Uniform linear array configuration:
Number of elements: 48
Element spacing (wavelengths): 1
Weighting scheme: exponential
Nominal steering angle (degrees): -15
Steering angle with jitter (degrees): -16.436
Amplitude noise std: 0.05
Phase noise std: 0.05

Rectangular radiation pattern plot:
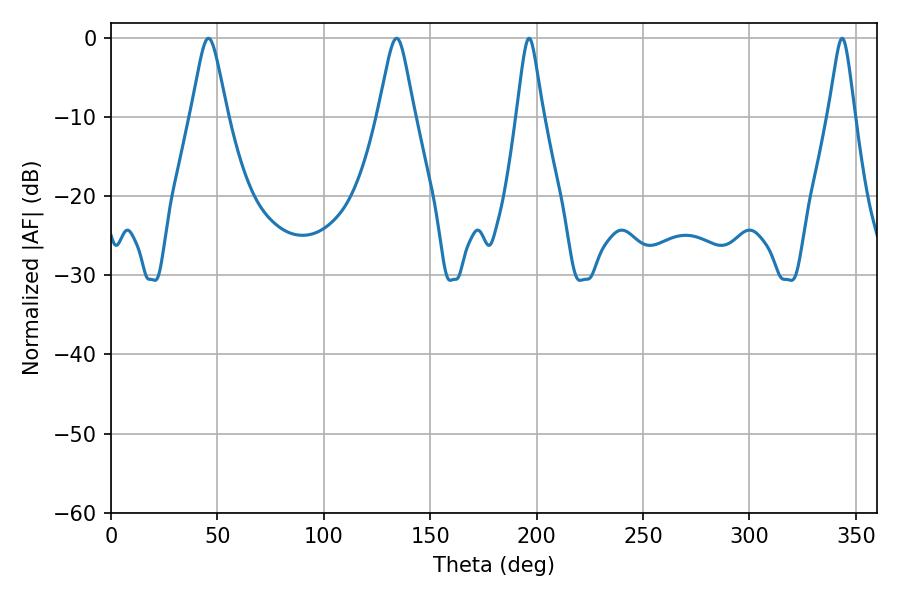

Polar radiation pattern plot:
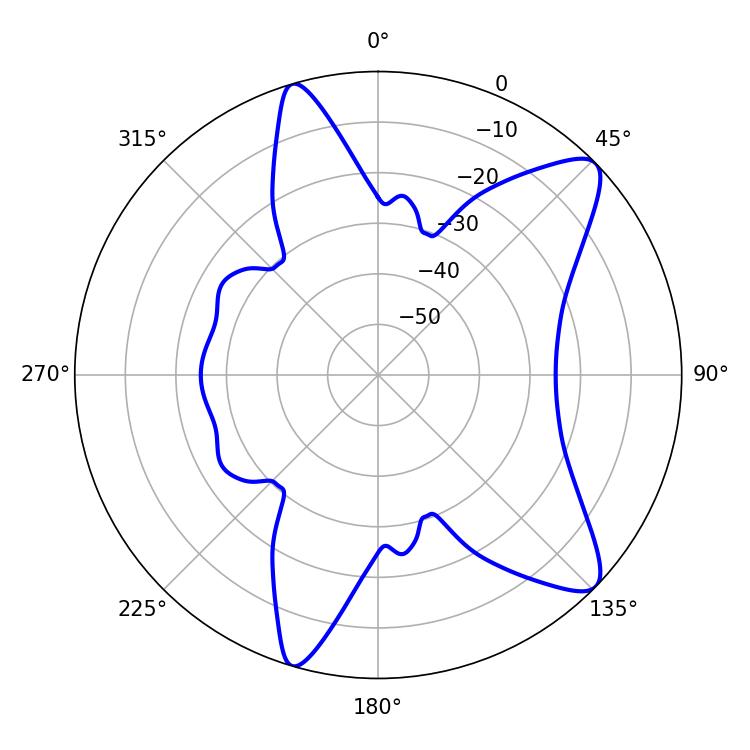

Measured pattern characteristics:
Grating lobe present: TRUE
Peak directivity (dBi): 10.514
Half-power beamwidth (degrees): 8.1
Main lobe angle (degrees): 45.72